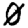
Digit: 0